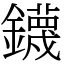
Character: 鑖